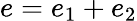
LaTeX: e=e_{1}+e_{2}